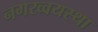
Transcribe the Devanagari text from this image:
नगरव्वयस्था